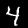
Label: 4